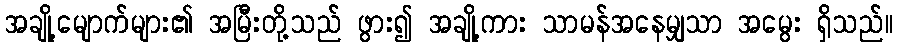
အချို့မျောက်များ၏ အမြီးတို့သည် ဖွား၍ အချို့ကား သာမန်အနေမျှသာ အမွေး ရှိသည်။